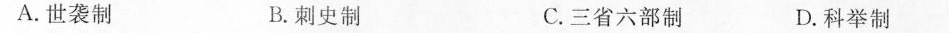
A.世袭制 B.刺史制 C.三省六部制 D.科举制